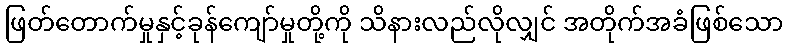
ဖြတ်တောက်မှုနှင့်ခုန်ကျော်မှုတို့ကို သိနားလည်လိုလျှင် အတိုက်အခံဖြစ်သော